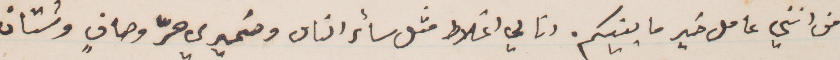
من انني عامل خير ما بينكم. انا لي اغلاط مثل سائر الناس وضميري حرّ وصاف وشتان